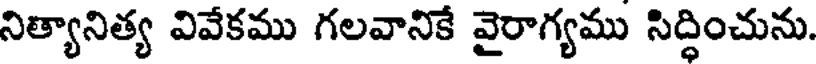
నిత్యానిత్య వివేకము గలవానికే వైరాగ్యము సిద్ధించును